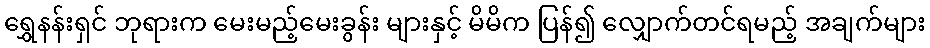
ရွှေနန်းရှင် ဘုရားက မေးမည့်မေးခွန်း များနှင့် မိမိက ပြန်၍ လျှောက်တင်ရမည့် အချက်များ